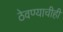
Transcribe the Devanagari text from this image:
ठेवण्याचीही